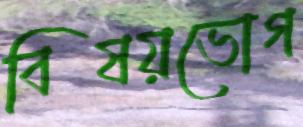
বিষয়ভোগ